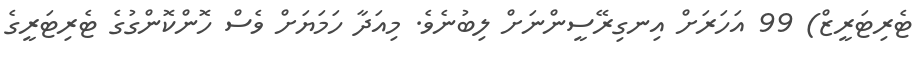
ޓެރިޓަރީޒް) 99 އަހަރަށް އިނގިރޭސީންނަށް ލިބުނެވެ. މިއަދާ ހަމަޔަށް ވެސް ހޮންކޮންގުގެ ޓެރިޓަރީގެ